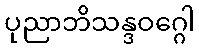
ပုညာဘိသန္ဒဝဂ္ဂေါ